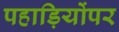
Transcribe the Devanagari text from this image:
पहाड़ियोंपर